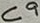
Text: C9